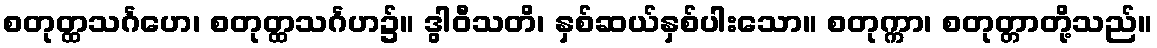
စတုတ္ထသင်္ဂဟေ၊ စတုတ္ထသင်္ဂဟ၌။ ဒွါဝီသတိ၊ နှစ်ဆယ်နှစ်ပါးသော။ စတုက္ကာ၊ စတုတ္တာတို့သည်။